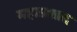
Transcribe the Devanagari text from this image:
महाप्रासाद